Lunatic asylums in Bengal annual reports 1888-1898 - 1888-1898
Year: 1888
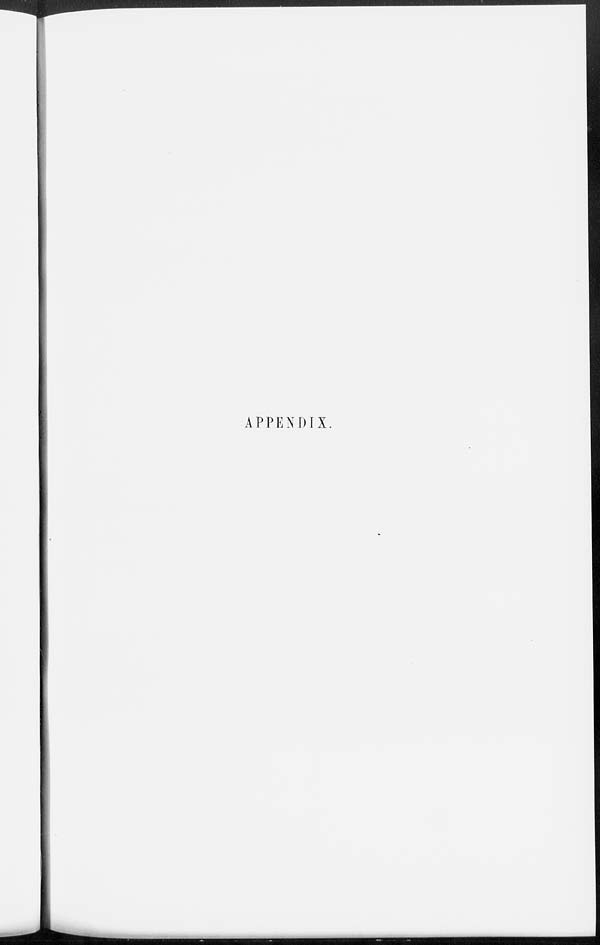
APPENDIX.